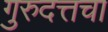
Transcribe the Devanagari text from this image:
गुरुदत्तचा